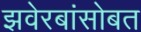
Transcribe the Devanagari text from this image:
झवेरबांसोबत